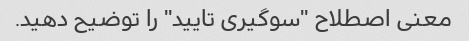
معنی اصطلاح "سوگیری تایید" را توضیح دهید.